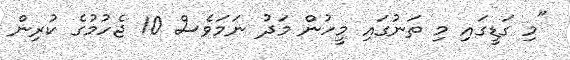
"މި ގަޑީގައި މި ތަނުގައި މީހުން މަދު ނަމަވެސް 10 ޖެހުމުގެ ކުރިން